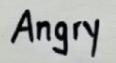
Angry